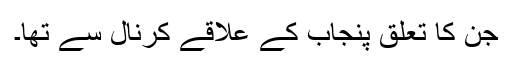
جن کا تعلق پنجاب کے علاقے کرنال سے تھا۔